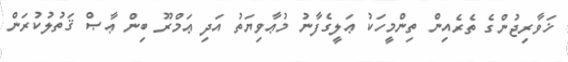
ޚަވާރިޖުންގެ ތެރެއިން ތިންމީހަކު ޢަލީގެފާނު މުޢާވިޔަތު އަދި ޢަމްރޫ ބިން ޢާޞް ޤަތުލުކުރަން